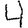
Digit: 4